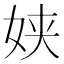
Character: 𮰿